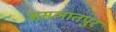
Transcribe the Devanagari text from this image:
असलातपुर